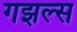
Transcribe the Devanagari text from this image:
गझल्स